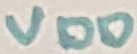
Text: VDD